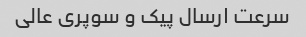
سرعت ارسال پیک و سوپری عالی